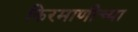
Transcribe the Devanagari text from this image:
किरमाणीच्या